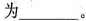
为___。